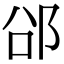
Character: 𮟲